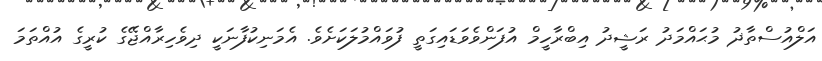
އަލްއުސްތާޛު މުޙައްމަދު ރަޝީދު އިބްރާހީމް އުފަންވެވަޑައިގަތީ ފުވައްމުލަކަށެވެ. އެމަނިކުފާނަކީ ދިވެހިރާއްޖޭގެ ކުރީގެ އުއްތަމަ